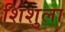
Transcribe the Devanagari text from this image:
शिशुला